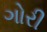
ગોરી